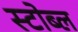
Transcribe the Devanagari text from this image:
स्टोब्ल